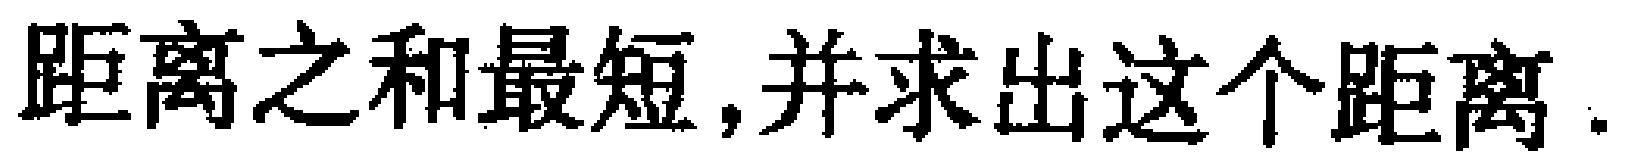
距离之和最短,并求出这个距离.